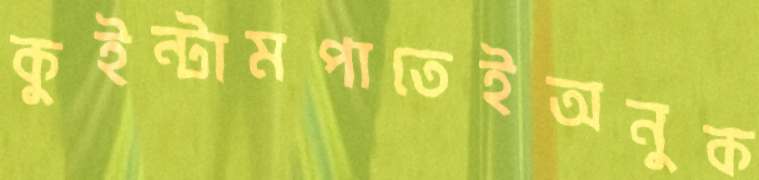
কুইন্টামপাতেইঅনুক